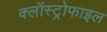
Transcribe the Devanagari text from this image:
क्लॉस्ट्रोफाइल